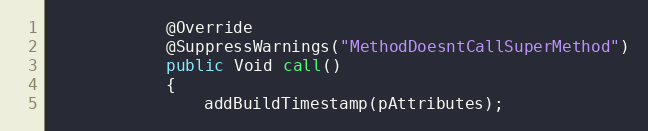
Language: Java
            @Override
            @SuppressWarnings("MethodDoesntCallSuperMethod")
            public Void call()
            {
                addBuildTimestamp(pAttributes);